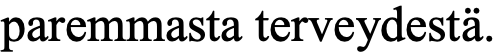
paremmasta terveydestä.